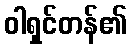
ဝါရှင်တန်၏